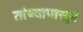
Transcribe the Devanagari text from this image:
तांब्यापासून